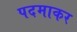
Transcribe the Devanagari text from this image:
पदमाकर